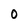
Character: O